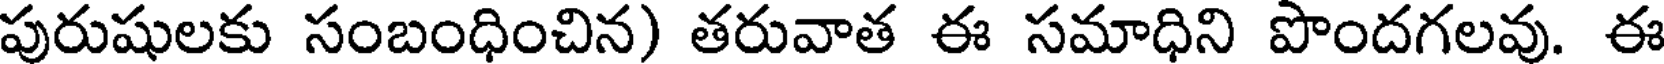
పురుషులకు సంబంధించిన) తరువాత ఈ సమాధిని పొందగలవు. ఈ